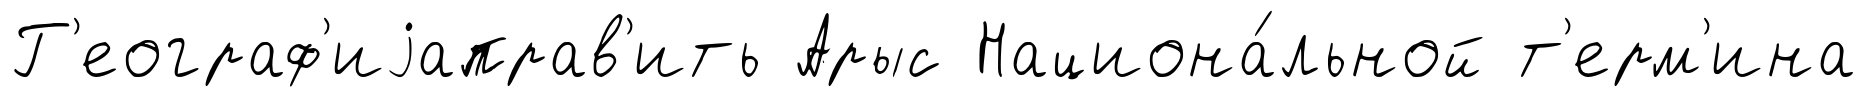
Г'еограф'иjаправ'ить Арыс Национа́льной т'ерм'ина